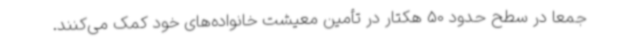
جمعاً در سطح حدود 50 هکتار در تأمین معیشت خانواده‌های خود کمک می‌کنند.